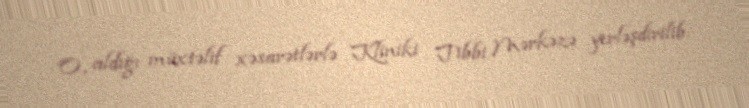
O, aldığı müxtəlif xəsarətlərlə Kliniki Tibbi Mərkəzə yerləşdirilib.